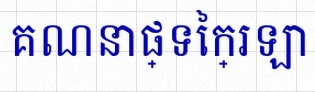
គណនាផ្ទៃក្រឡា